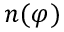
n ( \varphi )